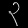
Digit: ၃